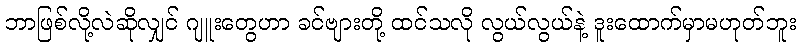
ဘာဖြစ်လို့လဲဆိုလျှင် ဂျူးတွေဟာ ခင်ဗျားတို့ ထင်သလို လွယ်လွယ်နဲ့ ဒူးထောက်မှာမဟုတ်ဘူး